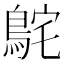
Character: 𮬸